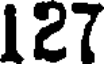
127